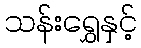
သန်းရွှေနှင့်